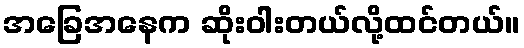
အခြေအနေက ဆိုးဝါးတယ်လို့ထင်တယ်။